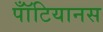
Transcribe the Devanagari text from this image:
पॉँटियानस